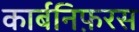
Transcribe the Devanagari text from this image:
कार्बनिफ़रस